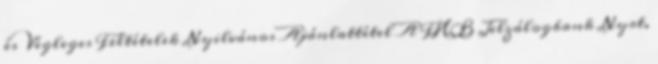
és Végleges Feltételek Nyilvános Ajánlattétel A FHB Jelzálogbank Nyrt.